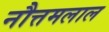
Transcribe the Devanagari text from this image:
नौत्तमलाल